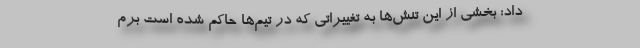
داد: بخشی از این تنش‌ها به تغییراتی که در تیم‌ها حاکم شده است برم